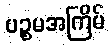
ပဉ္စမအကြိမ်